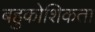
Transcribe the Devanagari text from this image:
बहुकोशिकता